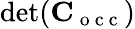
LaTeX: \operatorname*{d\mathrm{e}t}(\mathbf{C}_{\mathrm{{~o~c~c~}}})